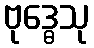
ဗုဒ္ဓေသု